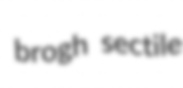
brogh sectile